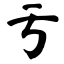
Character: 亏